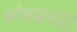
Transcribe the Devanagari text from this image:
कोष्ठकबद्ध